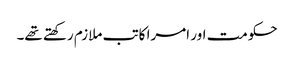
حکومت اور امرا کاتب ملازم رکھتے تھے۔